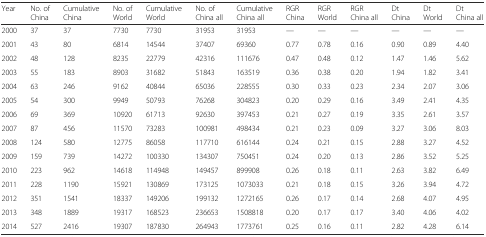
<table><thead><tr><td><b>Year</b></td><td><b>No. of China</b></td><td><b>Cumulative China</b></td><td><b>No. of World</b></td><td><b>Cumulative World</b></td><td><b>No. of China all</b></td><td><b>Cumulative China all</b></td><td><b>RGR China</b></td><td><b>RGR World</b></td><td><b>RGR China all</b></td><td><b>Dt China</b></td><td><b>Dt World</b></td><td><b>Dt China all</b></td></tr></thead><tbody><tr><td>2000</td><td>37</td><td>37</td><td>7730</td><td>7730</td><td>31953</td><td>31953</td><td>—</td><td>—</td><td>—</td><td>—</td><td>—</td><td>—</td></tr><tr><td>2001</td><td>43</td><td>80</td><td>6814</td><td>14544</td><td>37407</td><td>69360</td><td>0.77</td><td>0.78</td><td>0.16</td><td>0.90</td><td>0.89</td><td>4.40</td></tr><tr><td>2002</td><td>48</td><td>128</td><td>8235</td><td>22779</td><td>42316</td><td>111676</td><td>0.47</td><td>0.48</td><td>0.12</td><td>1.47</td><td>1.46</td><td>5.62</td></tr><tr><td>2003</td><td>55</td><td>183</td><td>8903</td><td>31682</td><td>51843</td><td>163519</td><td>0.36</td><td>0.38</td><td>0.20</td><td>1.94</td><td>1.82</td><td>3.41</td></tr><tr><td>2004</td><td>63</td><td>246</td><td>9162</td><td>40844</td><td>65036</td><td>228555</td><td>0.30</td><td>0.33</td><td>0.23</td><td>2.34</td><td>2.07</td><td>3.06</td></tr><tr><td>2005</td><td>54</td><td>300</td><td>9949</td><td>50793</td><td>76268</td><td>304823</td><td>0.20</td><td>0.29</td><td>0.16</td><td>3.49</td><td>2.41</td><td>4.35</td></tr><tr><td>2006</td><td>69</td><td>369</td><td>10920</td><td>61713</td><td>92630</td><td>397453</td><td>0.21</td><td>0.27</td><td>0.19</td><td>3.35</td><td>2.61</td><td>3.57</td></tr><tr><td>2007</td><td>87</td><td>456</td><td>11570</td><td>73283</td><td>100981</td><td>498434</td><td>0.21</td><td>0.23</td><td>0.09</td><td>3.27</td><td>3.06</td><td>8.03</td></tr><tr><td>2008</td><td>124</td><td>580</td><td>12775</td><td>86058</td><td>117710</td><td>616144</td><td>0.24</td><td>0.21</td><td>0.15</td><td>2.88</td><td>3.27</td><td>4.52</td></tr><tr><td>2009</td><td>159</td><td>739</td><td>14272</td><td>100330</td><td>134307</td><td>750451</td><td>0.24</td><td>0.20</td><td>0.13</td><td>2.86</td><td>3.52</td><td>5.25</td></tr><tr><td>2010</td><td>223</td><td>962</td><td>14618</td><td>114948</td><td>149457</td><td>899908</td><td>0.26</td><td>0.18</td><td>0.11</td><td>2.63</td><td>3.82</td><td>6.49</td></tr><tr><td>2011</td><td>228</td><td>1190</td><td>15921</td><td>130869</td><td>173125</td><td>1073033</td><td>0.21</td><td>0.18</td><td>0.15</td><td>3.26</td><td>3.94</td><td>4.72</td></tr><tr><td>2012</td><td>351</td><td>1541</td><td>18337</td><td>149206</td><td>199132</td><td>1272165</td><td>0.26</td><td>0.17</td><td>0.14</td><td>2.68</td><td>4.07</td><td>4.95</td></tr><tr><td>2013</td><td>348</td><td>1889</td><td>19317</td><td>168523</td><td>236653</td><td>1508818</td><td>0.20</td><td>0.17</td><td>0.17</td><td>3.40</td><td>4.06</td><td>4.02</td></tr><tr><td>2014</td><td>527</td><td>2416</td><td>19307</td><td>187830</td><td>264943</td><td>1773761</td><td>0.25</td><td>0.16</td><td>0.11</td><td>2.82</td><td>4.28</td><td>6.14</td></tr></tbody></table>